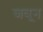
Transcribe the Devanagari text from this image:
जवून